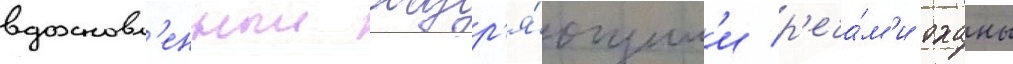
вдохновл'енныи ободр'я́ющим'и р'еча́м'и оханы